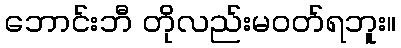
ဘောင်းဘီ တိုလည်းမဝတ်ရဘူး။